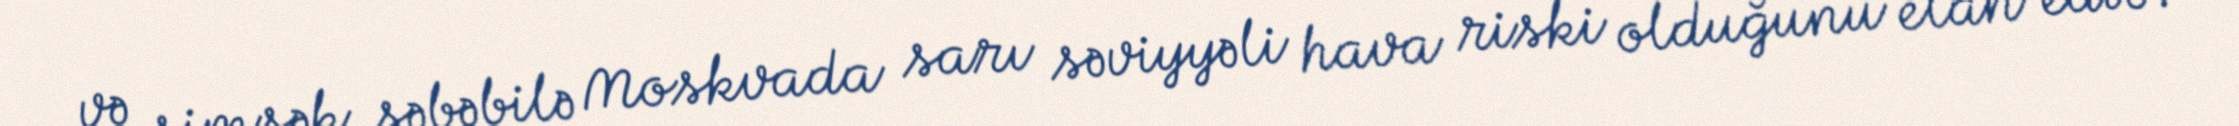
və şimşək səbəbilə Moskvada sarı səviyyəli hava riski olduğunu elan edib.